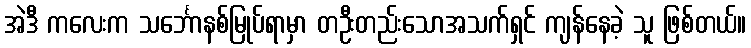
အဲဒီ ကလေးက သင်္ဘောနစ်မြုပ်ရာမှာ တဦးတည်းသောအသက်ရှင် ကျန်နေခဲ့ သူ ဖြစ်တယ်။